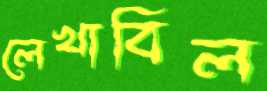
লেখাবিল